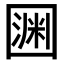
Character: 𡈛